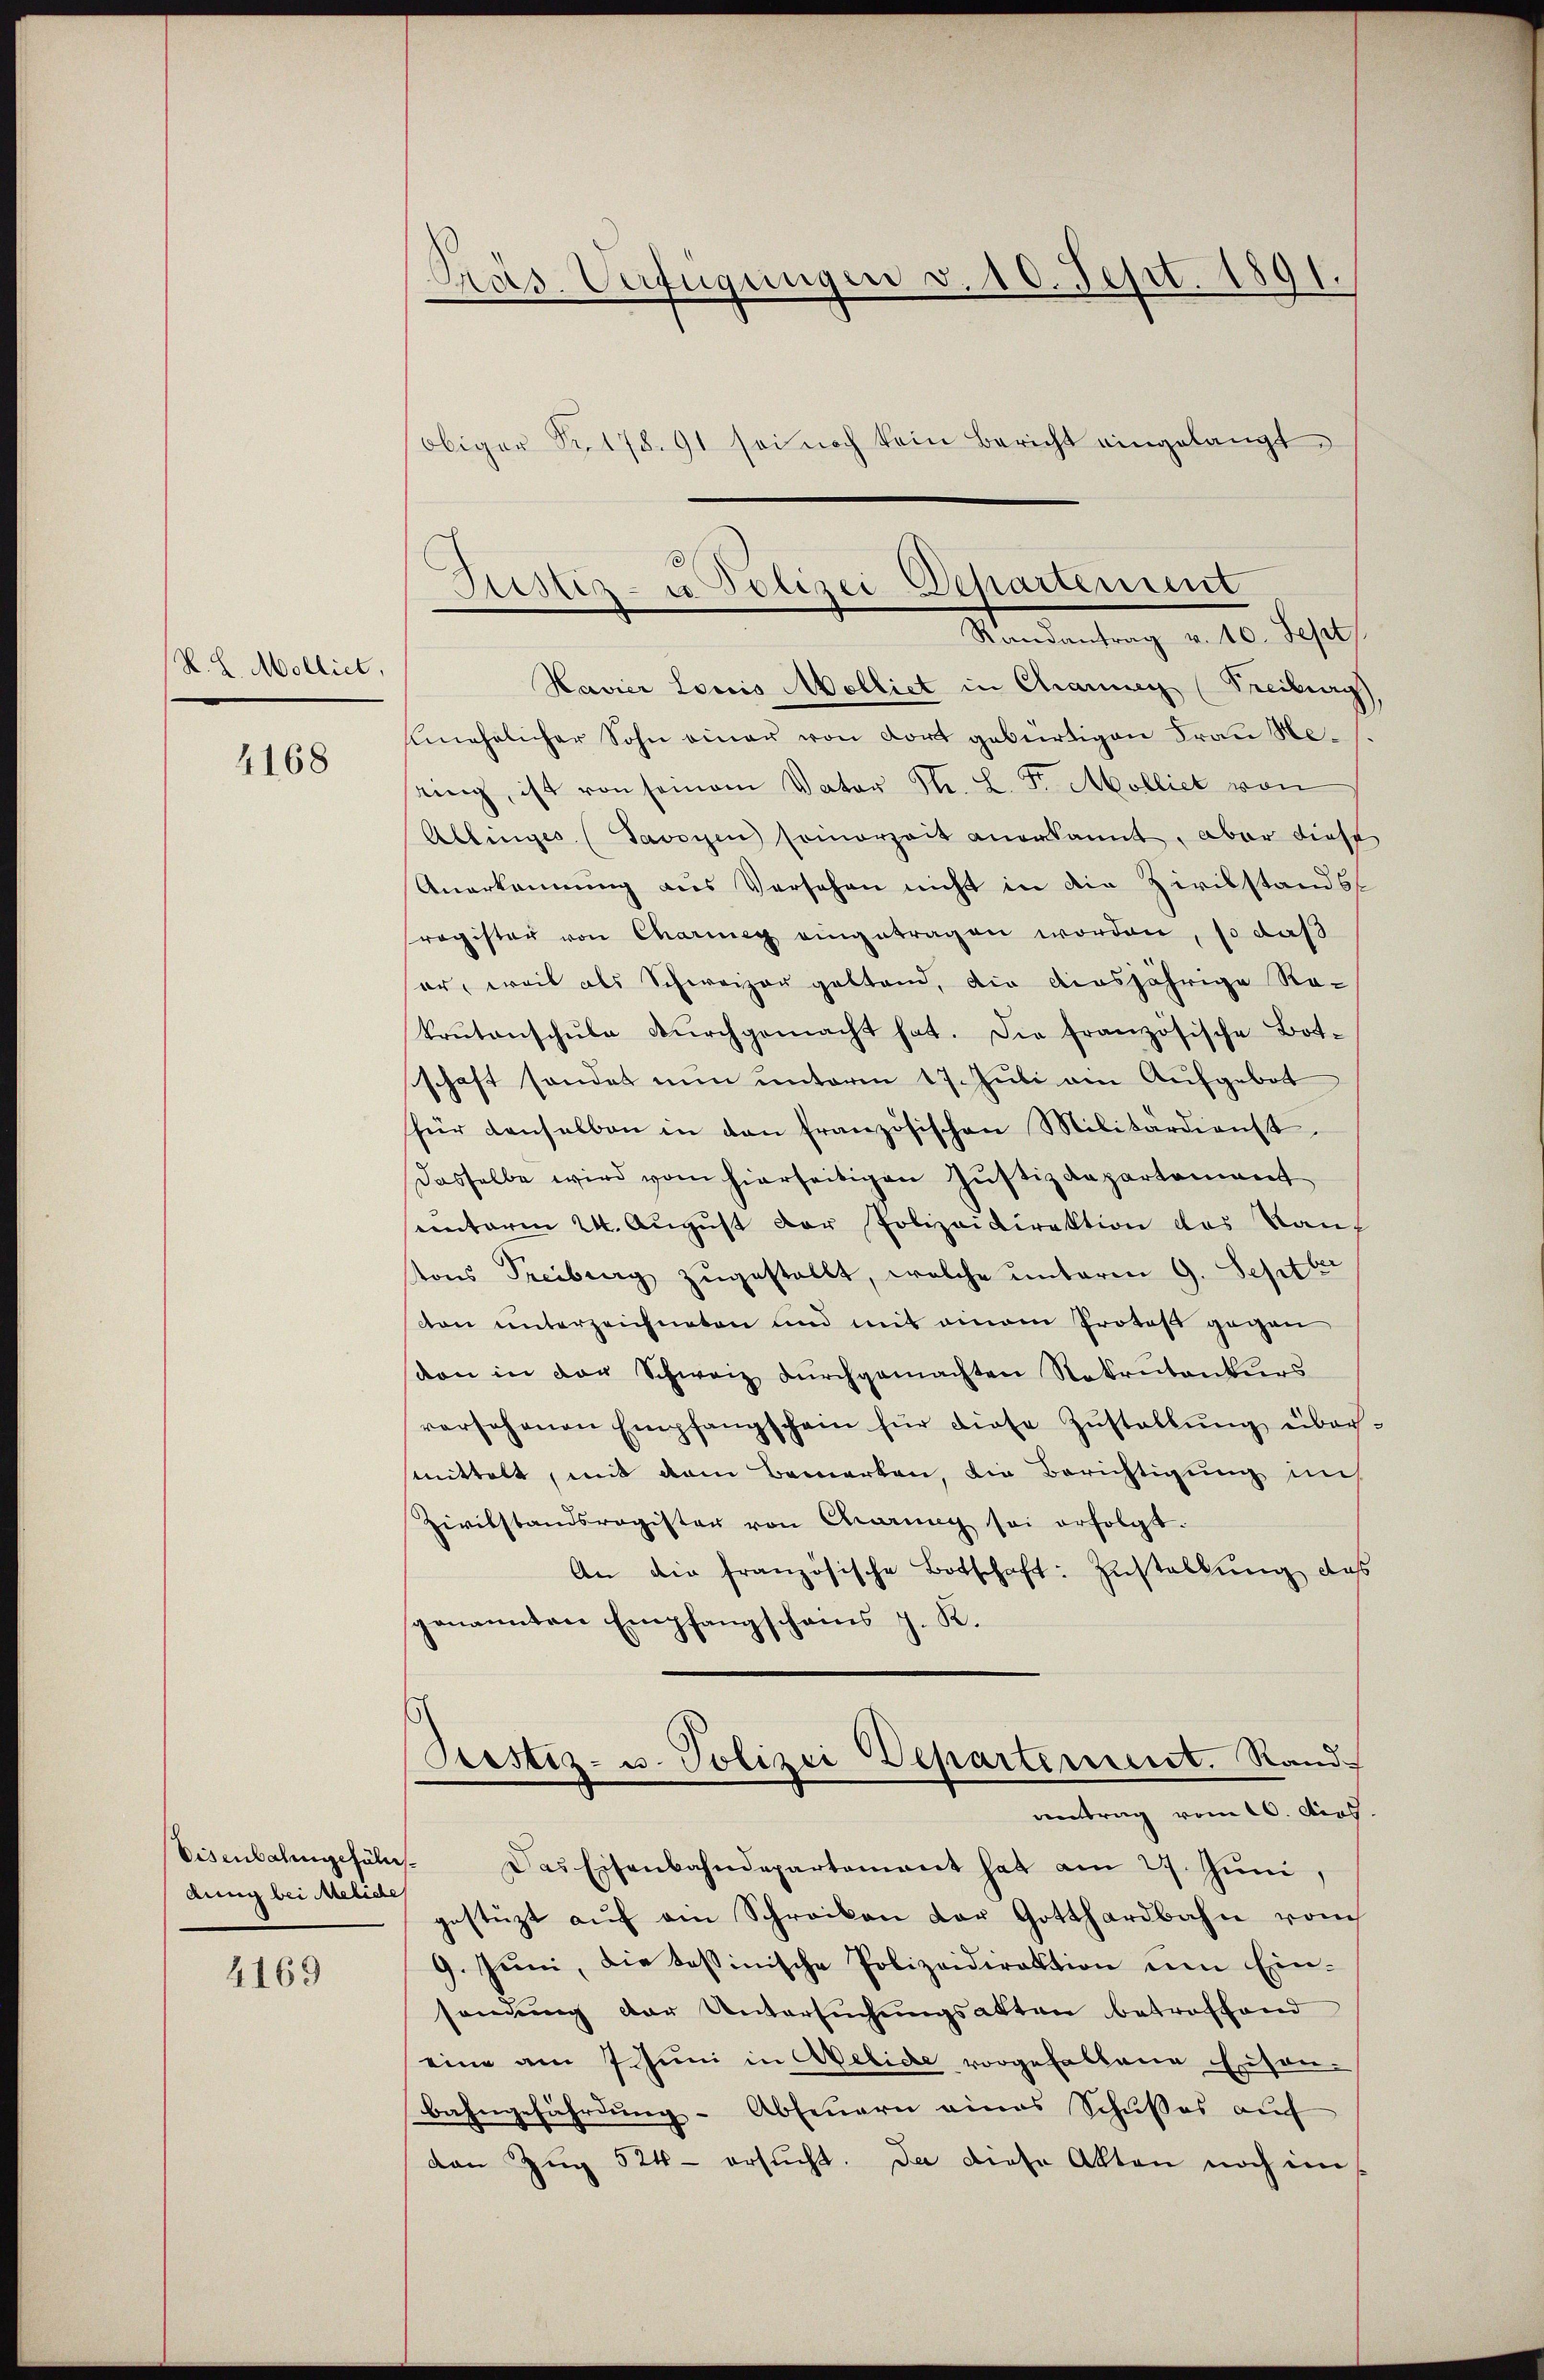
R. L. Molliet,
4168

dung bei Meliche
4169

Praes. Verfügungen v. 10. Sept. 1891.
obiger Nr. 178. 91 sei noch kein Bericht eingelangt

3
Siester- u Polizei Departement
Standantung v. 16. Jahr

Havier Louis Molliet in Charner (Freiburg
fehelicher Sohn einer von dort gebürtigen Frau Neting, ist von seinem Vater Str. L. St. Molliet von
Allinges (Savoyen seinerzeit anerkannt, aber diese
Anerkennung aus Versehen nicht in die Zivilstandsragister von Charweg eingetragen worden, so daß
sor, weil als Schweizer geltend, die diesjährige Re-
krŭtanschŭle dŭrchgemacht hat. Die französische Bot-
schaft sonder nun unterm 17. Juli ein Aufgebot
für denselben in den französischen Militärdienst
dasselbe wird vom hierseitigen Justizdepartement
seunterm 24. Aŭgŭst der Polizeidirektion des Kauf
tons Treiburg zŭgestellt, welche unteren 9. Septbr
ston unterzeichneten und mit einen Protos gegen
von in der Schweiz durchgemachten Rekrutonkurs
vorschenen Empfangschein für diese Zustellung über-
smittelt, mit dem Bemerken, die Berichtigung in
Zivilstandsregister von Charing sei erfolgt.
An die französische Botschaft: Zustellung das
genannten Empfangscheins J. K.

Eisenbahngefäll. Das Eisenbahndepartement hat am 27. Jŭni,
estüzt aŭf ein Schreiben der Gotthardbahn vom
9. Jŭni, die tessinische Polizeidirektion um Ein-
sendung der Untersŭchŭngsakten betroffend
eine am 7 Juni in Atelide vorgefallene Eisen-
bahngefährdung - Abfeuern eines Schusses auf
van Zŭg 524 - ersŭcht. Da diese Akten noch im

Prestiz- u. Polizei Departement. Rand
antrag vom 20. dies